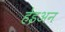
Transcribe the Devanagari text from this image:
हेइअन